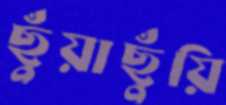
ছুঁয়াছুঁয়ি